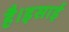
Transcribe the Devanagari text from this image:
है।इसाई